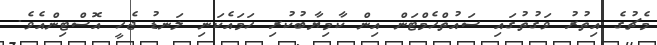
މެޗުގެ އިތުރު ވަގުތުގައި ސައުތްހެމްޓަން އިން ކާމިޔާބުކުރި ހަމައެކަނި ލަނޑު ޖެހީ އޮސްޓިންއެވެ.